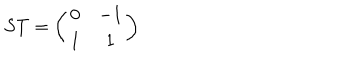
S T = \left( \begin{array} { c c } { { 0 } } & { { - 1 } } \\ { { 1 } } & { { 1 } } \\ \end{array} \right)